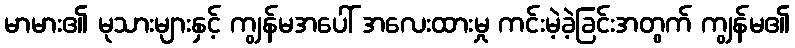
မာမား၏ မုသားများနှင့် ကျွန်မအပေါ် အလေးထားမှု ကင်းမဲ့ခဲ့ခြင်းအတွက် ကျွန်မ၏